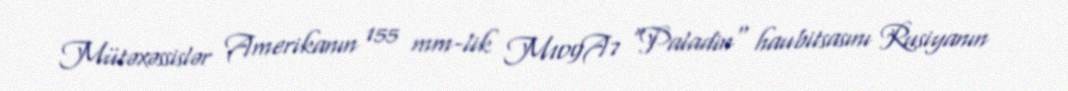
Mütəxəssislər Amerikanın 155 mm-lik M109A7 "Paladin" haubitsasını Rusiyanın